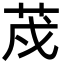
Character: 荗